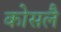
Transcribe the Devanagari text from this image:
कोसलै